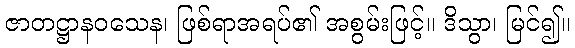
ဇာတဋ္ဌာနဝသေန၊ ဖြစ်ရာအရပ်၏ အစွမ်းဖြင့်။ ဒိသွာ၊ မြင်၍။